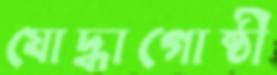
যোদ্ধাগোষ্ঠী